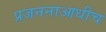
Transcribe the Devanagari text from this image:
प्रजननाआधीच